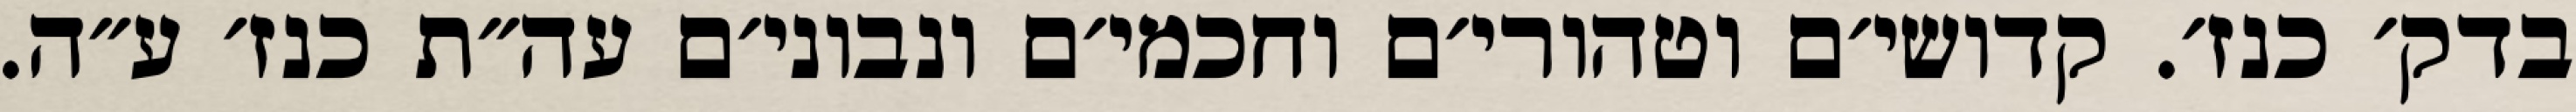
בדק׳ כנז׳. קדושי׳ם וטהורי׳ם וחכמי׳ם ונבוני׳ם עה״ת כנז׳ ע״ה.